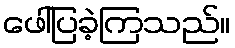
ဖေါ်ပြခဲ့ကြသည်။